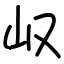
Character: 𫵴